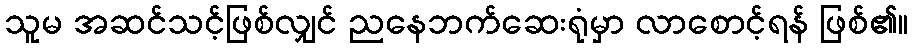
သူမ အဆင်သင့်ဖြစ်လျှင် ညနေဘက်ဆေးရုံမှာ လာစောင့်ရန် ဖြစ်၏။